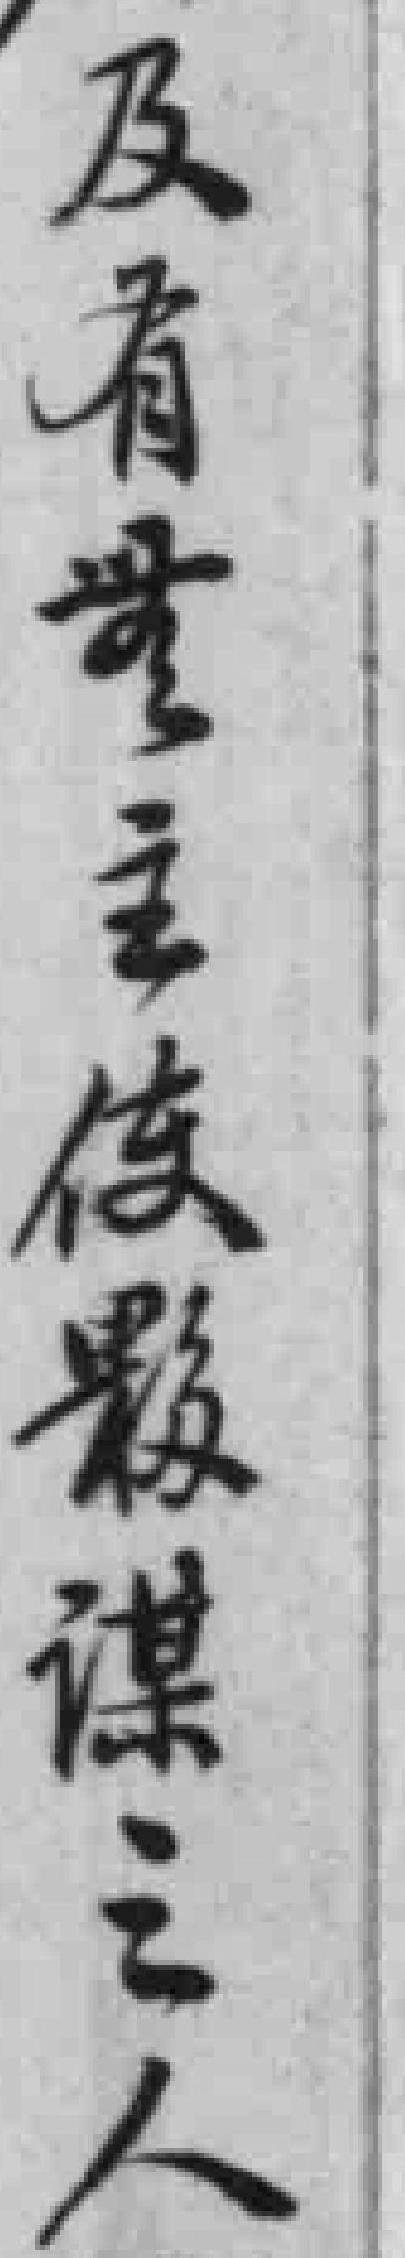
及有無主使嚴謀之人